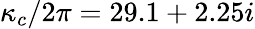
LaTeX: \kappa_{c}/2\pi=29.1+2.25i